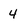
Character: 4